Lunatic asylums Punjab 1911-1921 - 1911-1921
Year: 1911
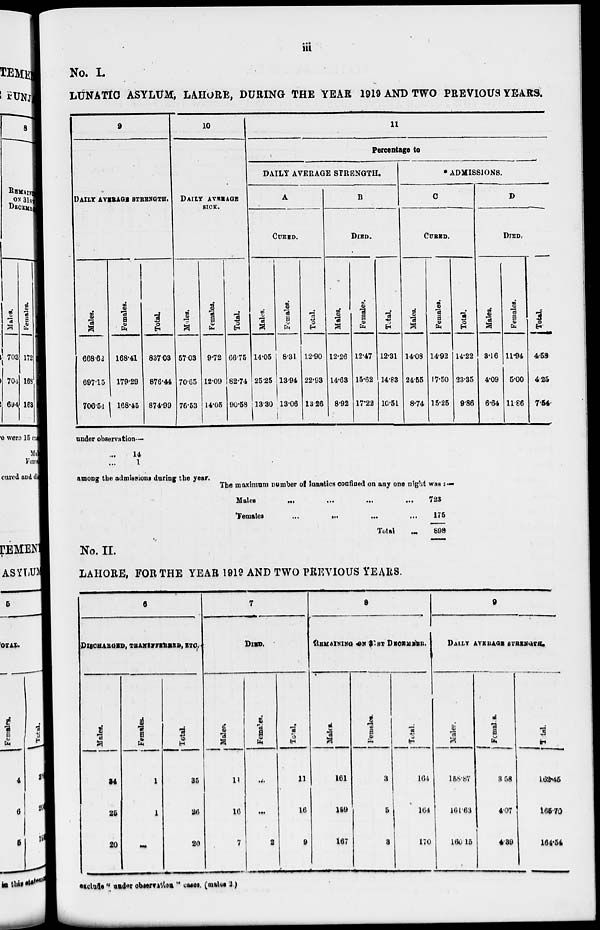
iii
No. I.
LUNATIC ASYLUM, LAHORE, DURING THE YEAR 1919 AND TWO PREVIOUS YEARS.
9
DAILY AVERAGE STRENGTH.
Males.
668.62
697.15
706.54
Females.
168.41
179.29
168.45
Total
837.03
876.44
874.99
10
DAILY AVERAGE
SICK.
Males.
57.03
70.65
76.53
Females.
9.72
12.09
14.05
Total.
66.75
82.74
90.58
11
Percentage to
DAILY AVERAGE STRENGTH.
A
CURED.
Males.
14.05
25.25
13.30
Females.
8.31
13.94
13.06
Total.
12.90
22.93
13.26
B
DIED.
Males.
12.26
14.63
8.92
Females.
12.47
15.62
17.22
Total.
12.31
14.83
10.51
* ADMISSIONS.
C
CURED.
Males.
14.08
24.55
8.74
Females.
14.92
17.50
15.25
Total.
14.22
23.35
9.86
D
DIED.
Males.
3.16
4.09
6.64
Females.
11.94
5.00
11.86
Total.
4.58
4.25
7.54
under observation—
...14
...1
among the admissions during the year.
The maximum number of lunatics confined on any one night was :—
Males
...
...
...
...
females
...
...
...
...
Total ...
723
175
898
No. II.
LAHORE, FOR THE YEAR 1919 AND TWO PREVIOUS YEARS.
6
DISCHARGED, TRANSFFERRED, ETC.
Males.
34
25
20
Females.
1
1
...
Total.
35
26
20
7
DIED.
Males.
11
16
7
Females.
...
...
2
Total.
11
16
9
8
(REMAINING ON 31ST DECEMBER.
Males.
161
159
167
Females.
3
5
3
Total.
164
164
170
9
DAILY AVERAGE STRENGTH.
Males.
158.87
161.63
160.15
Females.
3. 58
4.07
4.39
Total.
162.45
165.70
164.54
exclude '' under observation " cases. (males 2.)